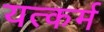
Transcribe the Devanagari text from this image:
यत्कर्म